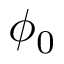
\phi _ { 0 }